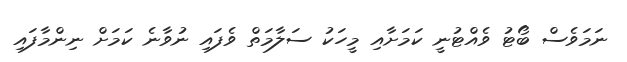
ނަމަވެސް ބޯޓު ވެއްޓުނީ ކަމަށާއި މީހަކު ސަލާމަތް ވެފައި ނުވާނެ ކަމަށް ނިންމާފައި